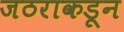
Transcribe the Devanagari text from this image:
जठराकडून